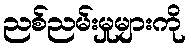
ညစ်ညမ်းမှုများကို